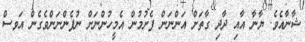
ޝާނާއެވެ. ޔާނާ އާއި ދާދި ގާތަށް އަންނަން ފެށުމުން އެމީހުންނަށް ނުފެންނަންވެގެން އަވސް